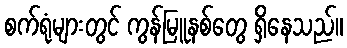
စက်ရုံများတွင် ကွန်မြူနစ်တွေ ရှိနေသည်။